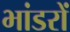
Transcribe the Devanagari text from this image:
भांडरों